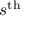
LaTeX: s ^ { \mathrm { t h } }